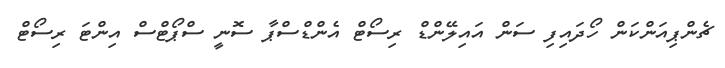
ޗެންޕިއަންކަން ހޯދައިފި ސަން އައިލޭންޑް ރިސޯޓް އެންޑްސްޕާ ސޮނީ ސްޕޯޓްސް އިންޓަ ރިސޯޓް